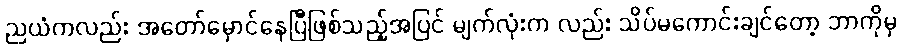
ညယံကလည်း အတော်မှောင်နေပြီဖြစ်သည့်အပြင် မျက်လုံးက လည်း သိပ်မကောင်းချင်တော့ ဘာကိုမှ